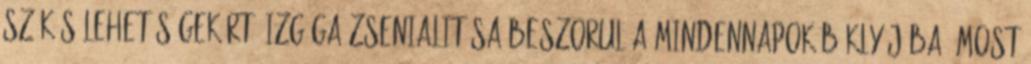
szűkös lehetőségekért. Izgága zsenialitása beszorul a mindennapok béklyójába. Most